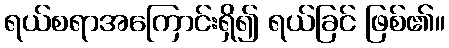
ရယ်စရာအကြောင်းရှိ၍ ရယ်ခြင် ဖြစ်၏။